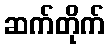
ဆက်တိုက်